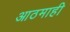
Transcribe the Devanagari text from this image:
आठमाही